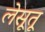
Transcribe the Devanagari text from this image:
लेसूतू